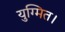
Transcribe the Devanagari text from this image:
युग्मित।